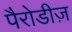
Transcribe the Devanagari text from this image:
पैरोडीज़